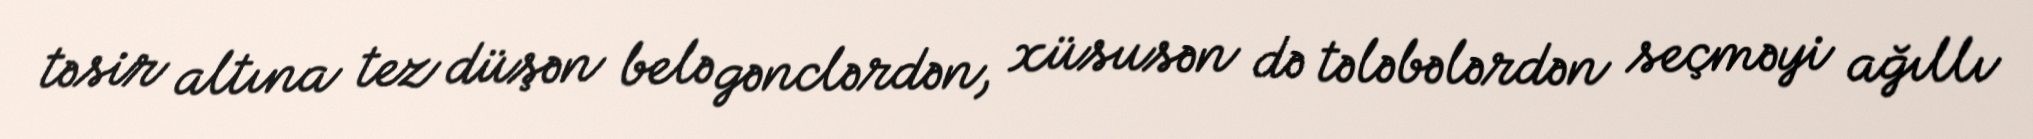
təsir altına tez düşən belə gənclərdən, xüsusən də tələbələrdən seçməyi ağıllı